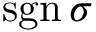
\operatorname { s g n } \sigma